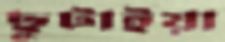
ছুটাইয়া